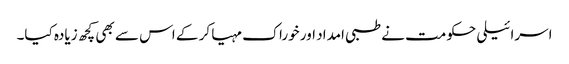
اسرائیلی حکومت نے طبی امداد اور خوراک مہیا کر کے اس سے بھی کچھ زیادہ کیا۔